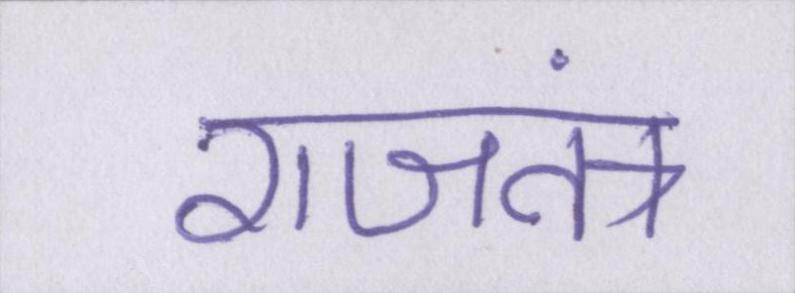
राजतंत्र